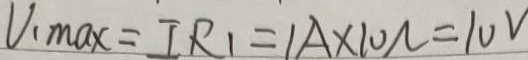
V _ { 1 } M a x = I R _ { 1 } = 1 A \times 1 0 N = 1 0 V